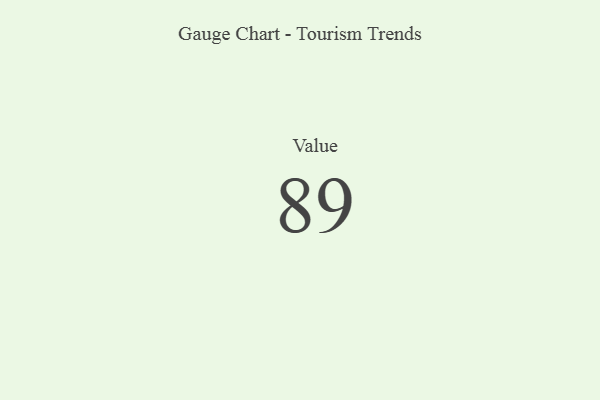
{"axis": {"x": "Metric", "y": "Value"}, "legend": [""], "data": [{"x": "Value", "y": 89, "type": ""}]}